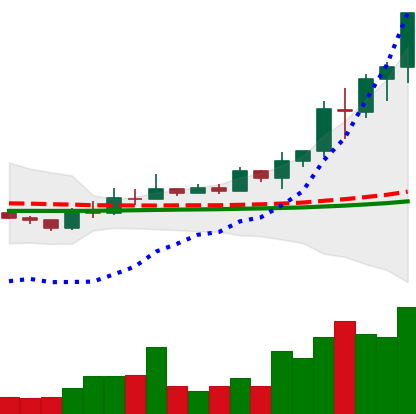
Ticker: EOS-USD
Chart end date: 2021-02-13
Forward return: -11.9%
Label: down_7plus